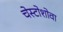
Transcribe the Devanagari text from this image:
चेस्टोशोवा